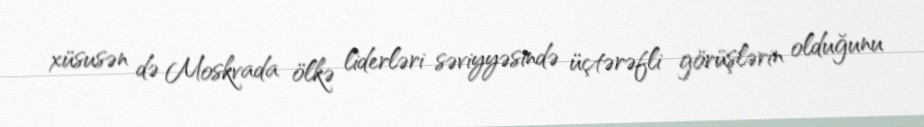
xüsusən də Moskvada ölkə liderləri səviyyəsində üçtərəfli görüşlərin olduğunu